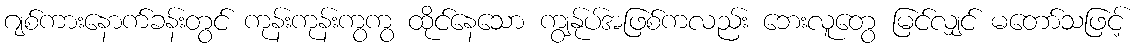
ဂျစ်ကားနောက်ခန်းတွင် ကုန်းကုန်းကွကွ ထိုင်နေသော ကျွန်ုပ်အဖြစ်ကလည်း ဘေးလူတွေ မြင်လျှင် မတော်သဖြင့်